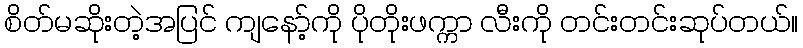
စိတ်မဆိုးတဲ့အပြင် ကျနော့်ကို ပိုတိုးဖက္ကာ လီးကို တင်းတင်းဆုပ်တယ်။